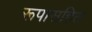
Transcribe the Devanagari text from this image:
रूपासहित